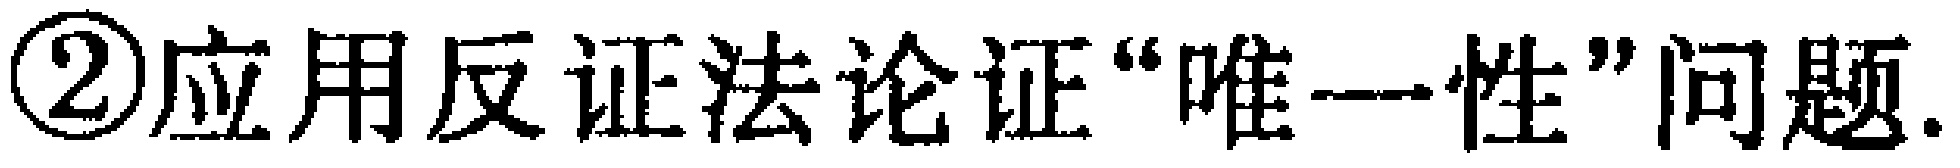
\textcircled{2}应用反证法论证“唯一性”问题.